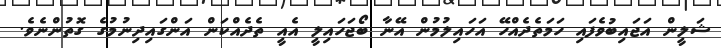
ޝަލީން އަޖައިބުވެފައި ހަމަތެދެއްހޭ އަހައިލުމުން އޭނާ ބޯޖަހައިލީ އެއީ ތެދެއްކަން އަންގައިދިނުމުގެ ގޮތުންނެވެ.